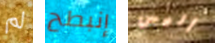
لم إنبطح أليس